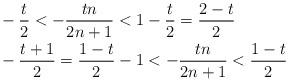
LaTeX: \begin{align*} & -\frac{t}{2} < -\frac{tn}{2n+1} < 1- \frac{t}{2} = \frac{2-t}{2} \\ & -\frac{t+1}{2} = \frac{1-t}{2} - 1 < -\frac{tn}{2n+1} < \frac{1-t}{2} \end{align*}